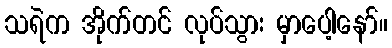
သရဲက အိုက်တင် လုပ်သွား မှာပေါ့နော်။